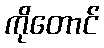
ကိုတောင်